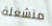
منشغلة